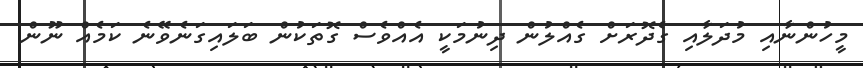
މީހުންނާއި މުދަލާއި ގެދޮރަށް ގެއްލުން ދިނުމަކީ އެއްވެސް ގޮތަކުން ބަލައިގަނެވޭނެ ކަމެއް ނޫން